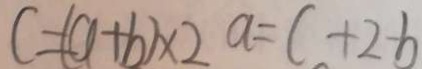
c = ( a + b ) \times 2 a = c + 2 - b